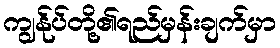
ကျွန်ုပ်တို့၏ရည်မှန်းချက်မှာ